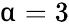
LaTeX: \upalpha=3